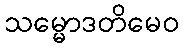
သမ္မောဒတိမေဝ